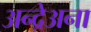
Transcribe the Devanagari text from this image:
अन्द्रेअना